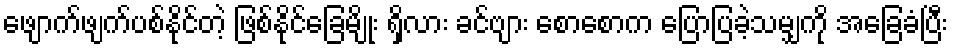
ဖျောက်ဖျက်ပစ်နိုင်တဲ့ ဖြစ်နိုင်ခြေမျိုး ရှိလား ခင်ဗျား စောစောက ပြောပြခဲ့သမျှကို အခြေခံပြီး